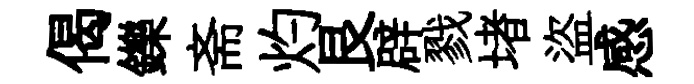
偈鑠斋灼艮辟戮堵盜感